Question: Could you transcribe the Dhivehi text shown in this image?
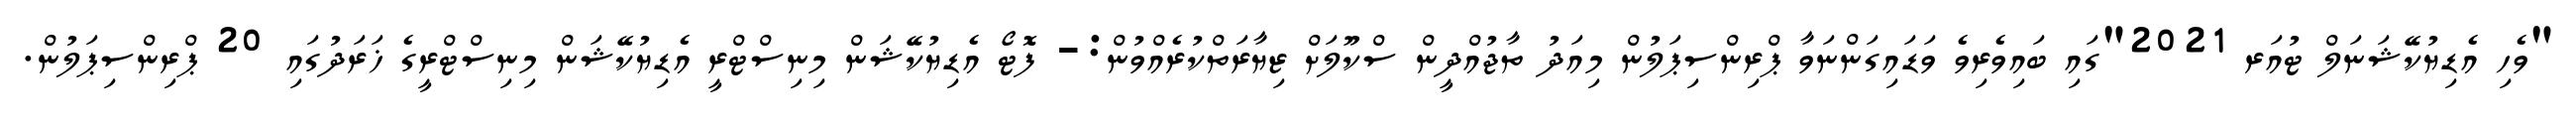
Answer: "ވެހި އެޑިޔުކޭޝަނަލް ޓުއަރ 2021"ގައި ބައިވެރިވެ ވަޑައިގަންނަވާ ޕްރިންސިޕަލުން މިއަދު ތާޖުއްދީން ސްކޫލަށް ޒިޔާރަތްކުރެއްވުން:- ފޮޓޯ އެޑިޔުކޭޝަން މިނިސްޓްރީ އެޑިޔުކޭޝަން މިނިސްޓްރީގެ ޚަރަދުގައި 20 ޕްރިންސިޕަލުން.